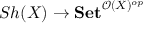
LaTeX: S h ( X ) \to \mathbf { S e t } ^ { { \mathcal { O } } ( X ) ^ { o p } }